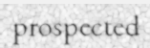
prospected